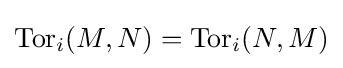
\operatorname {Tor} _{i}(M,N)=\operatorname {Tor} _{i}(N,M)